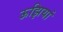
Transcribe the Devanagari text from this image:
ऊझियां